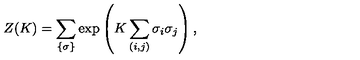
Z ( K ) = \sum _ { \{ \sigma \} } \exp \left( K \sum _ { ( i , j ) } \sigma _ { i } \sigma _ { j } \right) ,